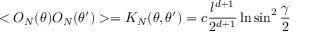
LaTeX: < { \cal O } _ { N } ( \theta ) { \cal O } _ { N } ( \theta ^ { \prime } ) > = K _ { N } ( \theta , \theta ^ { \prime } ) = c { \frac { l ^ { d + 1 } } { 2 ^ { d + 1 } } } \ln \sin ^ { 2 } { \frac { \gamma } { 2 } }